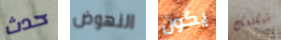
حدث النهوض يكون سيكلفك